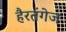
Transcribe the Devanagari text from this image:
हैरतंगेज